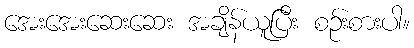
အေးအေးဆေးဆေး အချိန်ယူပြီး စဉ်းစားပါ။